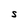
Character: S